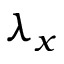
\lambda _ { x }